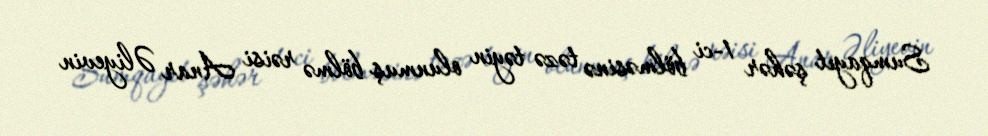
Sumqayıt şəhər 1-ci bölməsinə təzə təyin olunmuş bölmə rəisi Anar Əliyevin